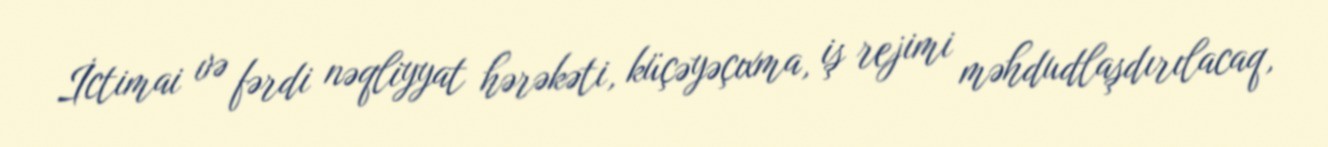
İctimai və fərdi nəqliyyat hərəkəti, küçəyəçıxma, iş rejimi məhdudlaşdırılacaq,